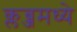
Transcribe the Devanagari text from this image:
क्लब्जमध्ये